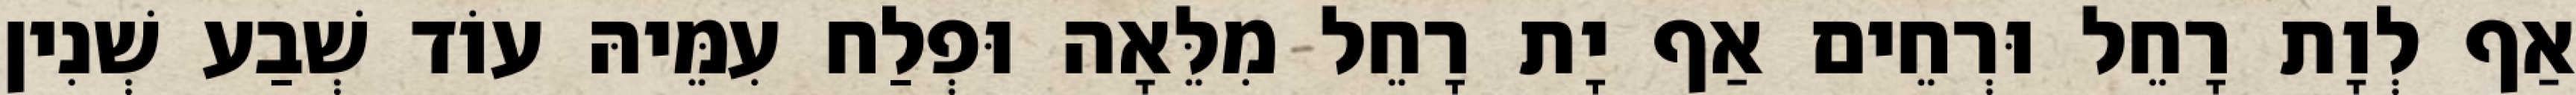
אַף לְוָת רָחֵל וּרְחֵים אַף יָת רָחֵל מִלֵּאָה וּפְלַח עִמֵּיהּ עוֹד שְׁבַע שְׁנִין